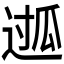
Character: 𮞖